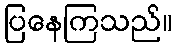
ပြနေကြသည်။